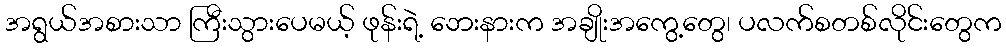
အရွယ်အစားသာ ကြီးသွားပေမယ့် ဖုန်းရဲ့ ဘေးနားက အချိုးအကွေ့တွေ၊ ပလက်စတစ်လိုင်းတွေက